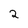
Character: 2